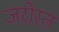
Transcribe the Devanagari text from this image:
जरोरत